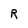
Character: R